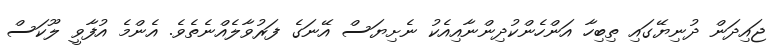
ޖައިދަން ދުނިޔޭގައި ތިބިހާ އަންހެންކުދިންނާއިއެކު ނެށިޔަސް އޭނަގެ ފަރުވާލެއްނެތެވެ. އެންމެ އުފާވީ ލޫކަސް